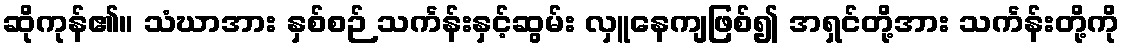
ဆိုကုန်၏။ သံဃာအား နှစ်စဉ် သင်္ကန်းနှင့်ဆွမ်း လှူနေကျဖြစ်၍ အရှင်တို့အား သင်္ကန်းတို့ကို